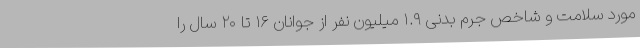
مورد سلامت و شاخص جرم بدنی ۱.۹ میلیون نفر از جوانان ۱۶ تا ۲۰ سال را